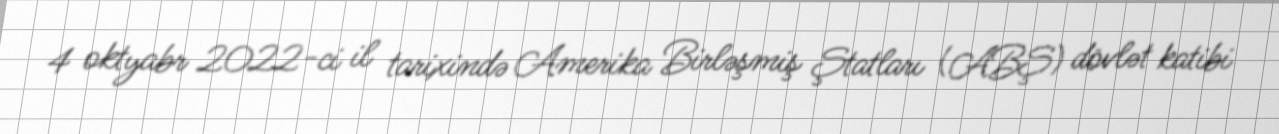
4 oktyabr 2022-ci il tarixində Amerika Birləşmiş Ştatları (ABŞ) dövlət katibi